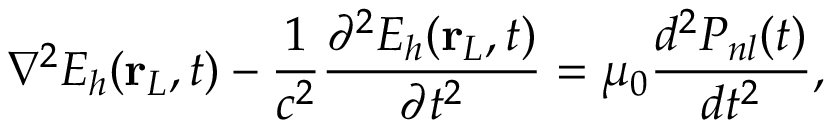
\nabla ^ { 2 } E _ { h } ( \mathbf { r } _ { L } , t ) - \frac { 1 } { c ^ { 2 } } \frac { \partial ^ { 2 } E _ { h } ( \mathbf { r } _ { L } , t ) } { \partial t ^ { 2 } } = \mu _ { 0 } \frac { d ^ { 2 } P _ { n l } ( t ) } { d t ^ { 2 } } ,